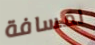
لمسافة